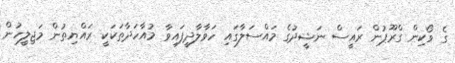
ގެ ވޯކިން ގްރޫޕުން ރައީސް ނަޝީދުގެ މައްސަލާގައި ހަވާލާދީފައިވާ މުއާހަދާތަކަކީ ރައްޔިތުން މަޖިލީހުން